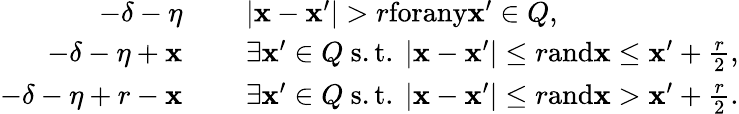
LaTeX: \begin{array}{rl}{-\delta-\eta~~~~~}&{|\mathbf x-\mathbf x^{\prime}|>r\textnormal{forany}\mathbf x^{\prime}\in Q,}\\ {-\delta-\eta+\mathbf x~~~~~}&{\exists\mathbf x^{\prime}\in Q\mathrm{~s.t.~}|\mathbf x-\mathbf x^{\prime}|\le r\textnormal{and}\mathbf x\leq\mathbf x^{\prime}+\frac{r}{2},}\\ {-\delta-\eta+r-\mathbf x~~~~~}&{\exists\mathbf x^{\prime}\in Q\mathrm{~s.t.~}|\mathbf x-\mathbf x^{\prime}|\le r\textnormal{and}\mathbf x>\mathbf x^{\prime}+\frac{r}{2}.}\end{array}